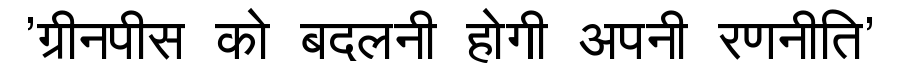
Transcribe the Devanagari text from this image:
'ग्रीनपीस को बदलनी होगी अपनी रणनीति'